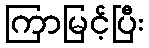
ကြာမြင့်ပြီး